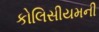
કોલિસીયમની